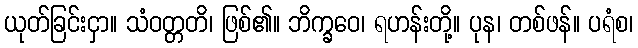
ယုတ်ခြင်းငှာ။ သံဝတ္တတိ၊ ဖြစ်၏။ ဘိက္ခဝေ၊ ရဟန်းတို့။ ပုန၊ တစ်ဖန်။ ပရံစ၊